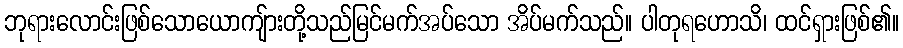
ဘုရားလောင်းဖြစ်သောယောကျ်ားတို့သည်မြင်မက်အပ်သော အိပ်မက်သည်။ ပါတုရဟောသိ၊ ထင်ရှားဖြစ်၏။